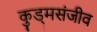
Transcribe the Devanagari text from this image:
कुड्मसंजीव